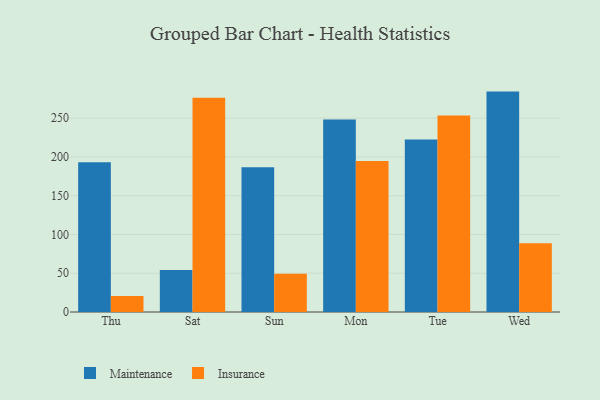
{"axis": {"x": "Day", "y": "Bounce Rate (%)"}, "legend": ["Insurance", "Maintenance"], "data": [{"x": "Thu", "y": 193.3, "type": "Maintenance"}, {"x": "Thu", "y": 20.7, "type": "Insurance"}, {"x": "Sat", "y": 54.1, "type": "Maintenance"}, {"x": "Sat", "y": 276.5, "type": "Insurance"}, {"x": "Sun", "y": 186.7, "type": "Maintenance"}, {"x": "Sun", "y": 49.3, "type": "Insurance"}, {"x": "Mon", "y": 248.4, "type": "Maintenance"}, {"x": "Mon", "y": 194.7, "type": "Insurance"}, {"x": "Tue", "y": 222.5, "type": "Maintenance"}, {"x": "Tue", "y": 253.4, "type": "Insurance"}, {"x": "Wed", "y": 284.4, "type": "Maintenance"}, {"x": "Wed", "y": 88.8, "type": "Insurance"}]}